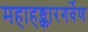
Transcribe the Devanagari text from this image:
महाहङ्कारगर्वेण